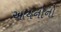
આયનોનો